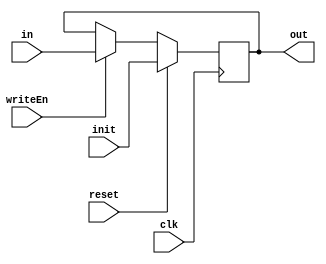
/*
D flip flop - the basic unit of storage for any data
*/

module D_FF(input clk, input reset, input writeEn, input init, input in, output reg out);

  always @ (negedge clk)
  begin
    if (reset)
      out = init;       // On reset, the initial value from testbench is loaded into the D flip flop
    else if (writeEn)
      out = in;
  end

endmodule